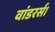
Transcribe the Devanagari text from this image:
वांडरर्स।